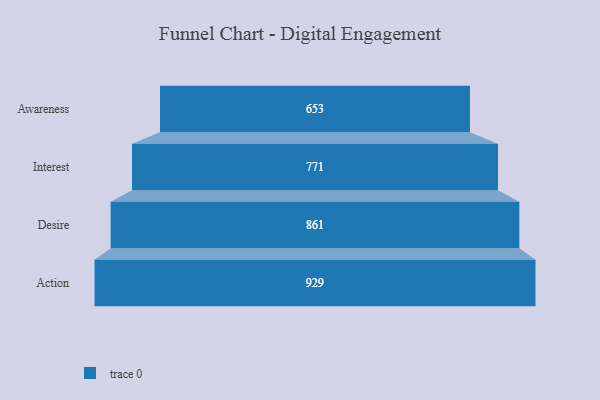
{"axis": {"x": "Stage", "y": "Value"}, "legend": [""], "data": [{"x": "Awareness", "y": 653.0, "type": ""}, {"x": "Interest", "y": 771.0, "type": ""}, {"x": "Desire", "y": 861.0, "type": ""}, {"x": "Action", "y": 929.0, "type": ""}]}